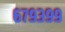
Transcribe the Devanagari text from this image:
६७९३९९